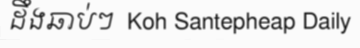
ដឹងឆាប់ៗ  Koh Santepheap Daily